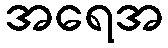
အရေအ